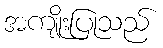
အကျိုးပြုသည်